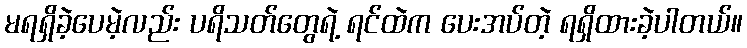
မရရှိခဲ့ပေမဲ့လည်း ပရိသတ်တွေရဲ့ ရင်ထဲက ပေးအပ်တဲ့ ရရှိထားခဲ့ပါတယ်။